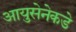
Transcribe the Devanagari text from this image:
आयुसेनेकडे